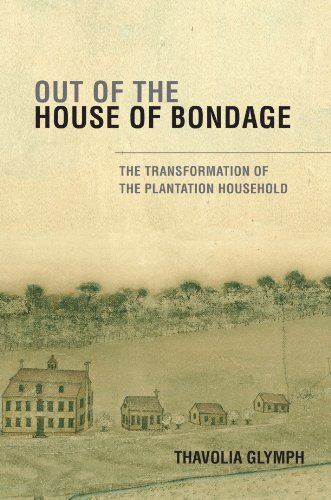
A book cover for Out of the House of Bondage: The Transformation of the Plantation Household; Thavolia Glymph; History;